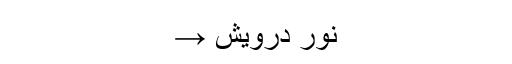
نور درویش →